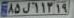
۸۵ل۱۱۳۱۹